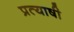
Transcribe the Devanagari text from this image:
प्रत्याषी